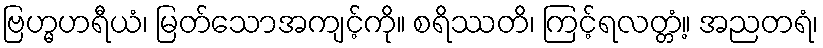
ဗြဟ္မဟရီယံ၊ မြတ်သောအကျင့်ကို။ စရိဿတိ၊ ကြင့်ရလတ္တံ့။ အညတရံ၊